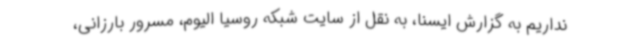
نداریم به گزارش ایسنا، به نقل از سایت شبکه روسیا الیوم، مسرور بارزانی،